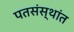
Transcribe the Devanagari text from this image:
पतसंस्थांत